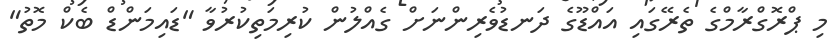
މި ޕްރޮގްރާމްގެ ތެރޭގައި އައްޑޫގެ ދަނޑުވެރިންނަށް ގެއްލުން ކުރިމަތިކުރުވާ "ޑައިމަންޑް ބެކް މޮތު"